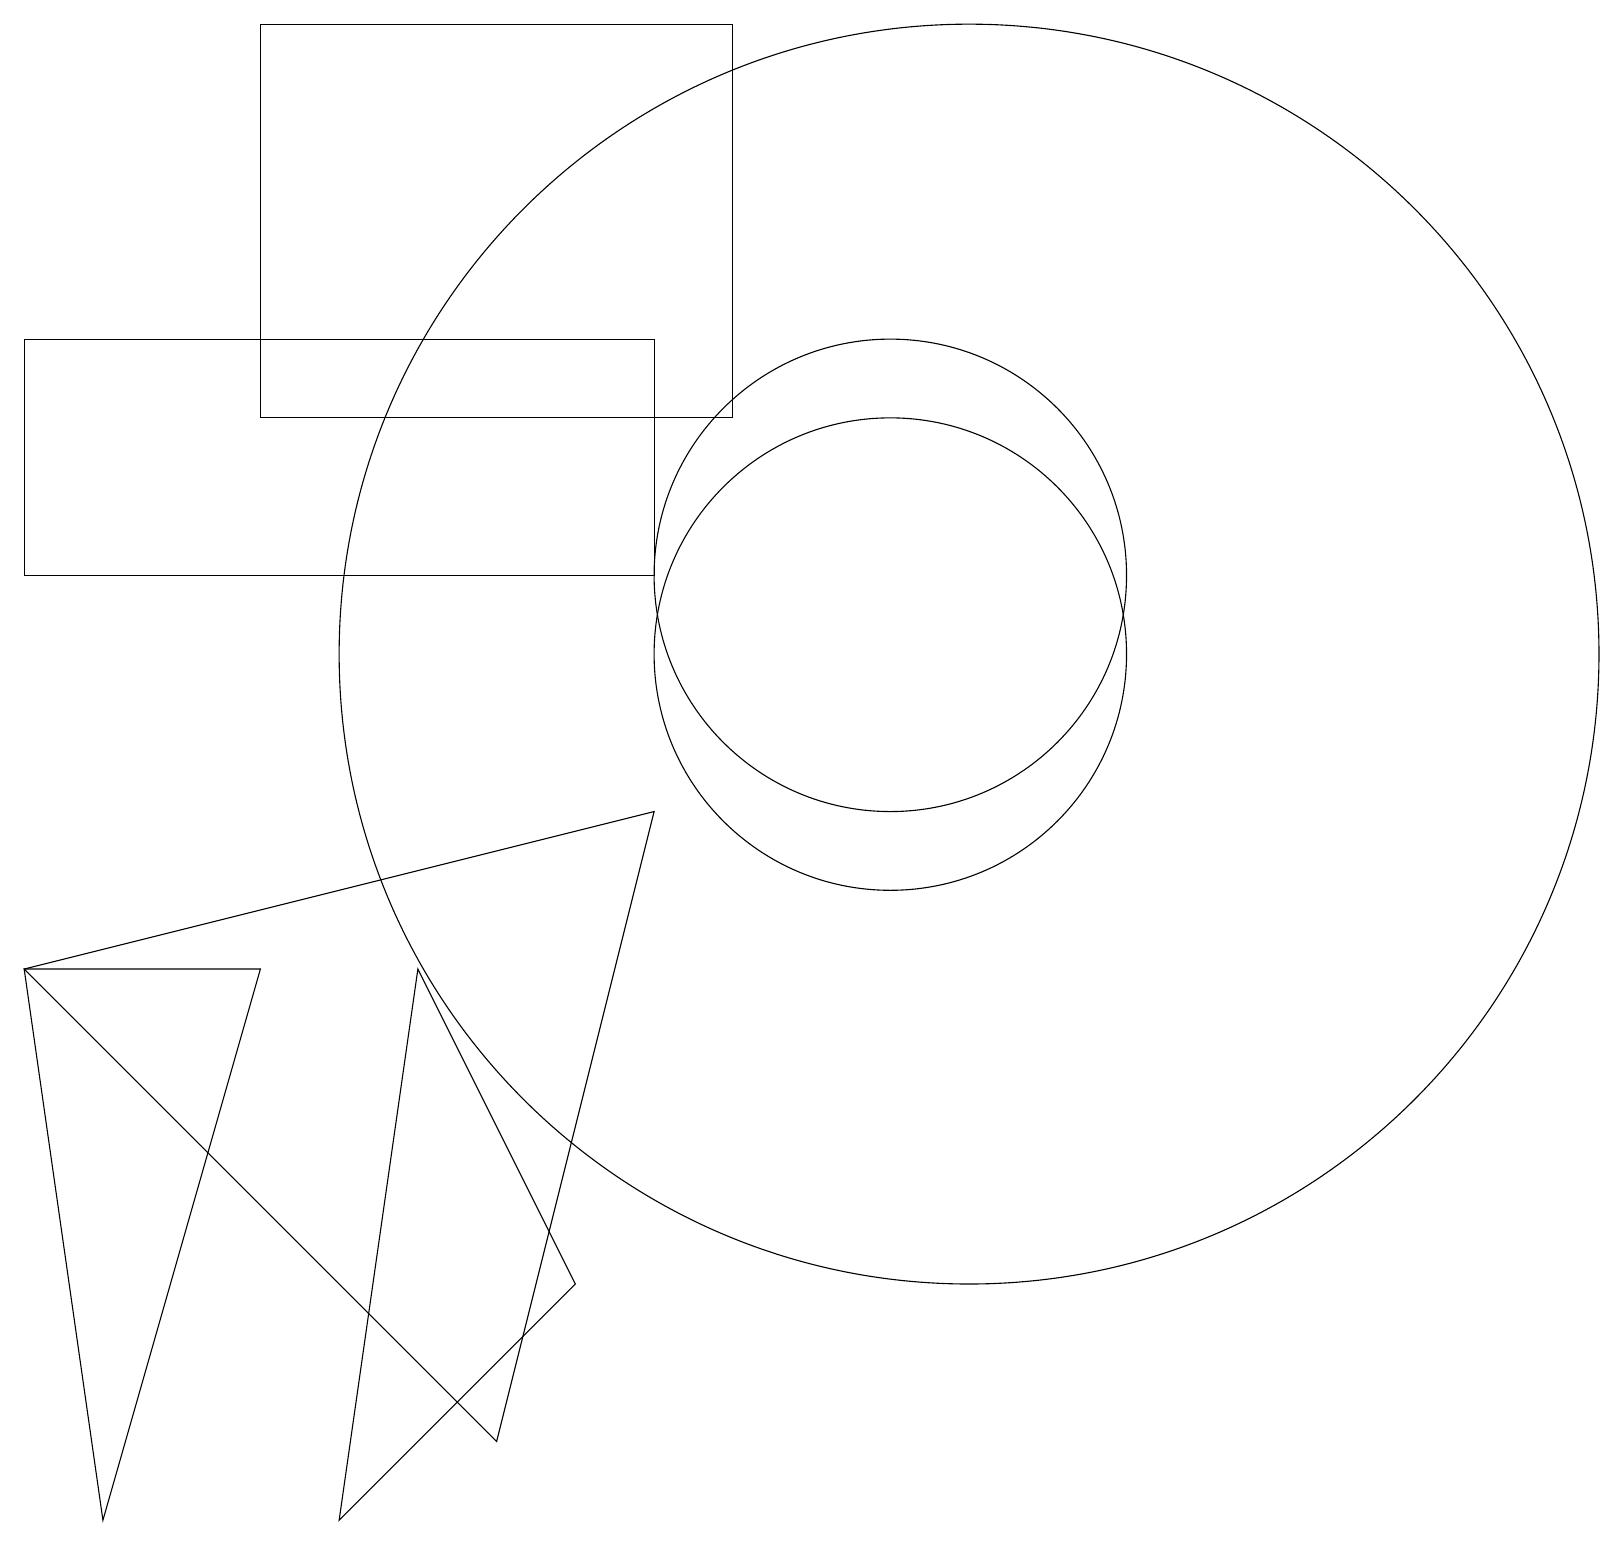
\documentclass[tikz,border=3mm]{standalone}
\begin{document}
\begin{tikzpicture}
\draw (5,7) -- (4,0) -- (7,3) -- cycle;
\draw (0,15) rectangle (8,12);
\draw (0,7) -- (3,7) -- (1,0) -- cycle;
\draw (8,9) -- (0,7) -- (6,1) -- cycle;
\draw (12,11) circle (8);
\draw (11,11) circle (3);
\draw (11,12) circle (3);
\draw (9,14) rectangle (3,19);
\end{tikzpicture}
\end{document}